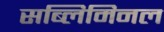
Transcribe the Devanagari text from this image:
सब्लिमिनल